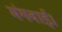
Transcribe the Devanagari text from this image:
मंगवाई।